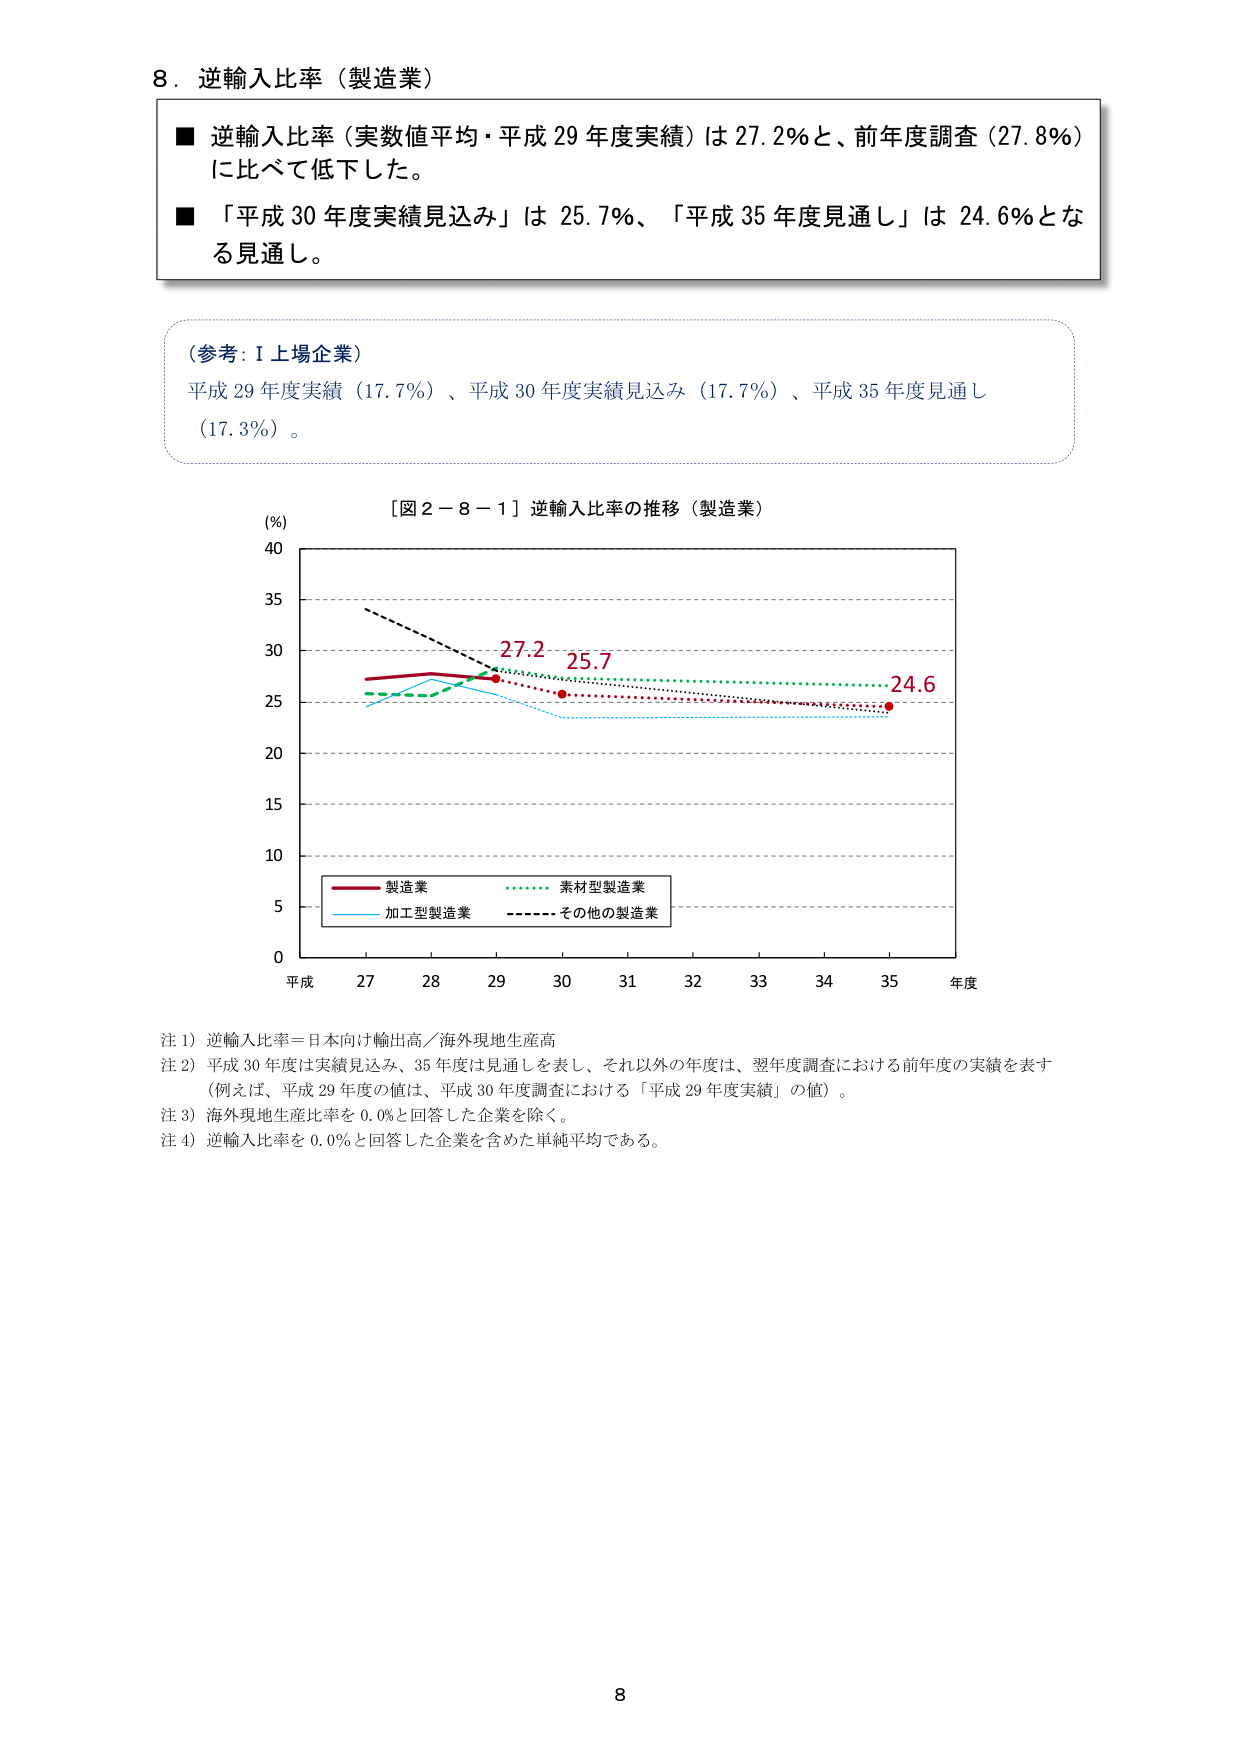
8．逆輸入比率（製造業）

■ 逆輸入比率（実数値平均・平成29年度実績）は27.2％と、前年度調査（27.8％）に比べて低下した。
■ 「平成30年度実績見込み」は25.7％、「平成35年度見通し」は24.6％となる見通し。

（参考：I 上場企業）
平成29年度実績（17.7％）、平成30年度実績見込み（17.7％）、平成35年度見通し（17.3％）。

［図2－8－1］逆輸入比率の推移（製造業）

(％)
40
35
30
25
20
15
10
5
0

平成 27 28 29 30 31 32 33 34 35 年度

■ 製造業
■ 素材型製造業
■ 加工型製造業
■ その他の製造業

27.2 25.7 24.6

注1）逆輸入比率＝日本向け輸出高／海外現地生産高
注2）平成30年度は実績見込み、35年度は見通しを表し、それ以外の年度は、翌年度調査における前年度の実績を表す（例えば、平成29年度の値は、平成30年度調査における「平成29年度実績」の値）。
注3）海外現地生産比率を0.0％と回答した企業を除く。
注4）逆輸入比率を0.0％と回答した企業を含めた単純平均である。

8